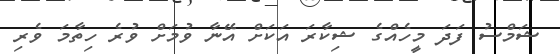
ޝަމްސު ފަދަ މީހެއްގެ ޝިކާރަ އަކަށް އޭނާ ވުމަށް ވުރެ ހިތާމަ ވެރި